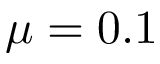
\mu = 0 . 1